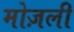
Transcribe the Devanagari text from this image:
मोज़ली